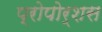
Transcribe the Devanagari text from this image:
प्रोपोर्शस